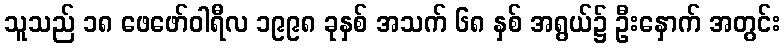
သူသည် ၁၈ ဖေဖော်ဝါရီလ ၁၉၉၈ ခုနှစ် အသက် ၆၈ နှစ် အရွယ်၌ ဦးနှောက် အတွင်း